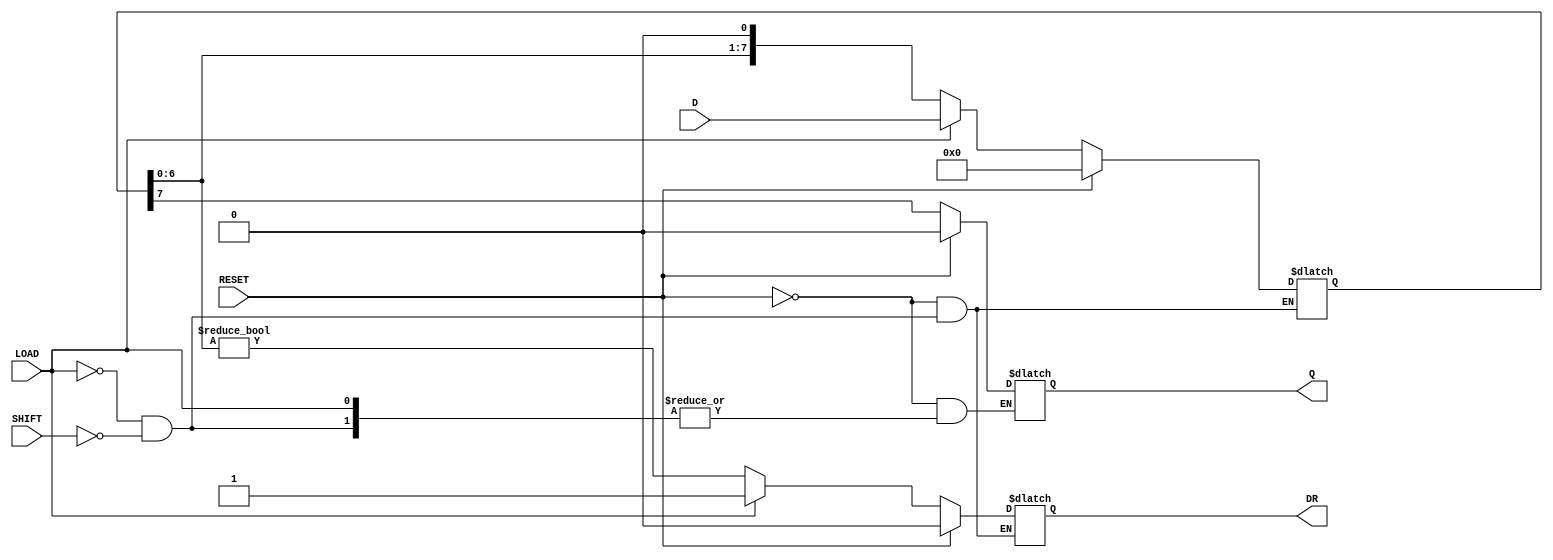
module PISO_Register #(
    parameter WIDTH = 8  // Define the width of the register
)(
    input wire [WIDTH-1:0] D,   // Parallel data input
    input wire LOAD,             // Load control signal
    input wire SHIFT,            // Shift control signal
    input wire RESET,            // Asynchronous reset signal
    output reg Q,                // Serial output
    output reg DR                // Data Ready signal
);

    reg [WIDTH-1:0] shift_reg;   // Shift register to hold the parallel data
    integer i;                   // Loop variable

    // Asynchronous reset and loading data
    always @(*) begin
        if (RESET) begin
            shift_reg <= {WIDTH{1'b0}}; // Clear the register
            Q <= 1'b0;                 // Clear the serial output
            DR <= 1'b0;                // Clear Data Ready signal
        end else if (LOAD) begin
            shift_reg <= D;            // Load data into the shift register
            DR <= 1'b1;                // Set Data Ready signal
        end else if (SHIFT) begin
            Q <= shift_reg[WIDTH-1];   // Output the MSB
            shift_reg <= {shift_reg[WIDTH-2:0], 1'b0}; // Shift left
            DR <= (shift_reg[WIDTH-2:0] != 0); // Update Data Ready signal
        end
    end

endmodule